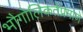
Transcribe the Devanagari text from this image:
भौगोलिकतेप्रमाणे